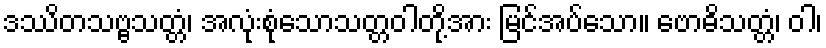
ဒဿိတသဗ္ဗသတ္တံ၊ အလုံးစုံသောသတ္တဝါတို့အား မြင်အပ်သော။ ဗောဓိသတ္တံ၊ ဝါ၊